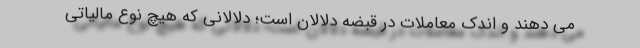
می دهند و اندک معاملات در قبضه دلالان است؛ دلالانی که هیچ نوع مالیاتی